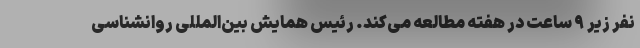
نفر زیر ۹ ساعت در هفته مطالعه می‌کند. رئیس همایش بین‌المللی روانشناسی